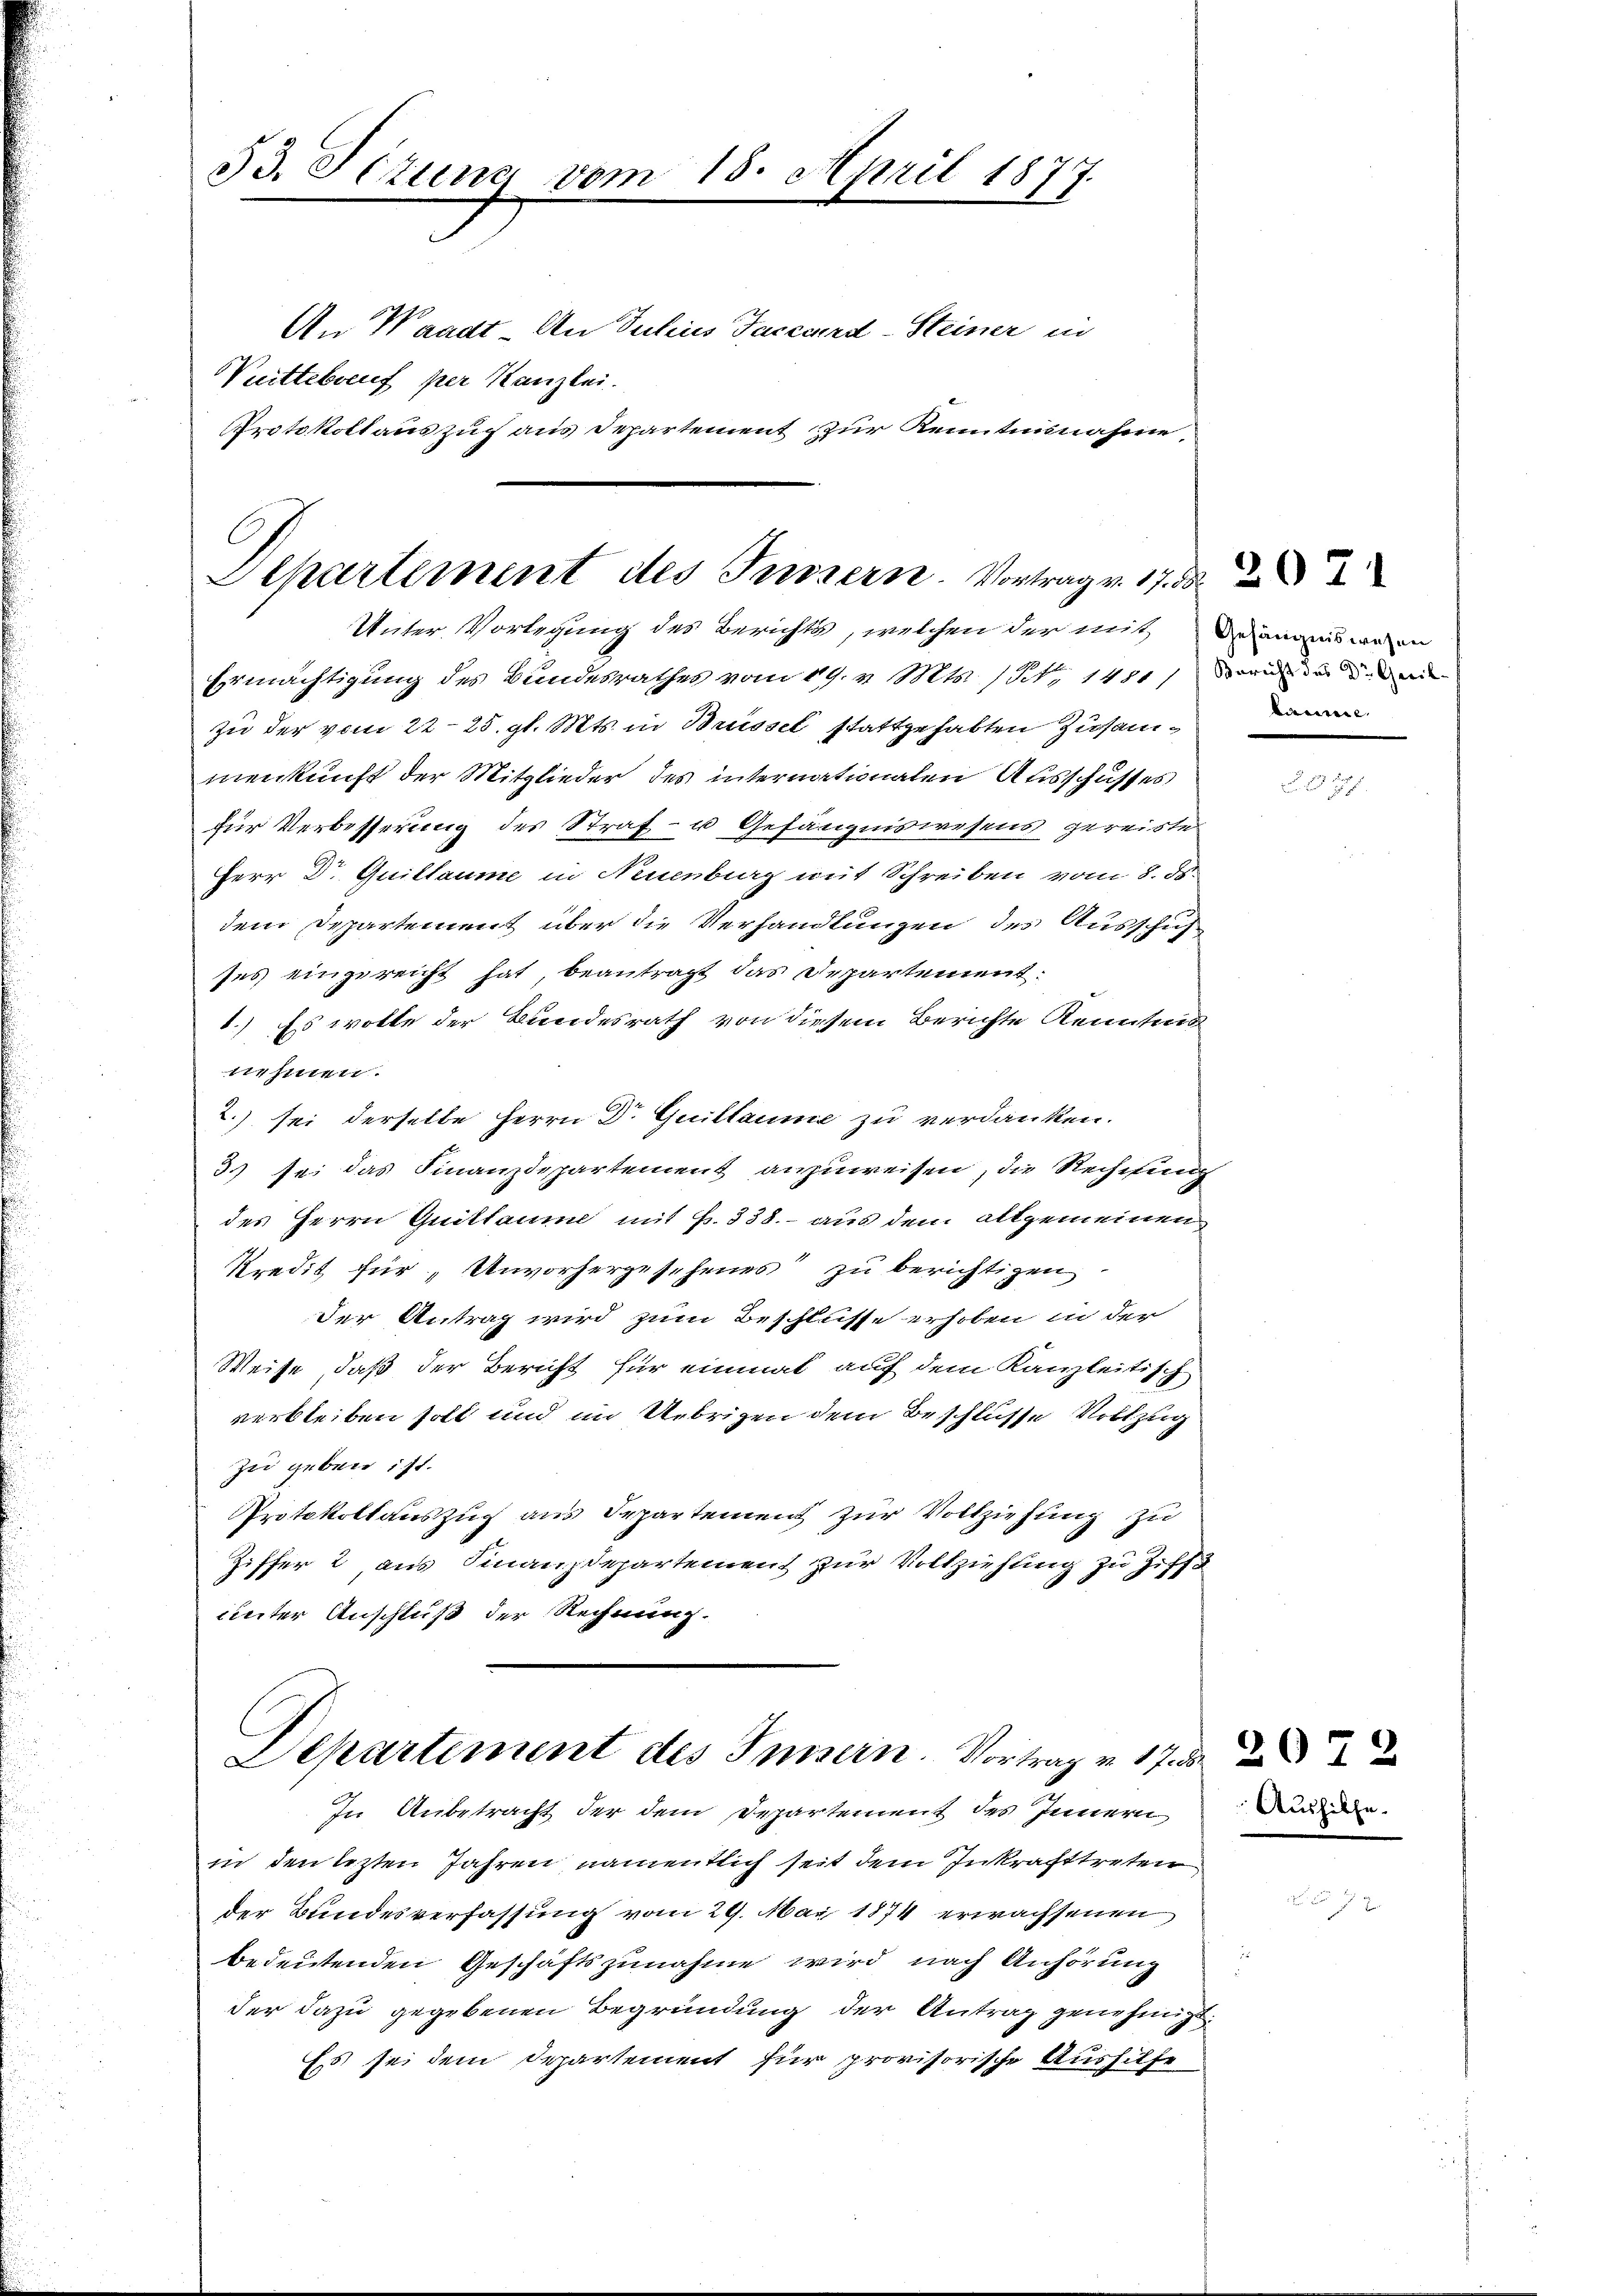
53. Sizung vom 15. April 1877.
An Waadt, An Julius Facecird-Steiner in
Puittebrauf per Kanzlei.
Protokoll auszug aus Departement zur Kenntnisnahme,

Separtement des Innern. Vortrag v. 17. d.
Unter Vorlegung des Berichts, welchen der mit Deines wenn

Ermächtigung des Bundesrathes vom 19. v. Mts. (Sit., 1481 darin die der e
zu der vom 22. 25. gl. Mts. in Brissel stattgehabten Zusammenkunft der Mitglieder des internationalen Ausschusses
für Verbesserung des Straf- u Gefängniswesens gereiste
Herr Dr. Quillaume in Neuenburg mit Schreiben vom 8. ds.
dem Departement über die Verhandlungen des Ausschuf
ses eingereicht hat, beantragt das Departement.
1) Es wolle der Bundesrath von diesem Berichte Kenntnis
nehmen.
2.) sei derselbe Herrn Dr. Guillaume zu verdanken.
3) sei das Finanzdepartement anzuweisen, die Rechnung
des Herrn Quittaume mit Fr. 338.- aus dem allgemeinen
Kredit für Unvorhergesehenes zu berichtigen
der Antrag wird zum Beschlüsse erhoben in der
Weise, daß der Bericht für einmal auf dem Kanzleitisch
verbleiben soll und im Uebrigen dem Beschlüsse Vollzug
zu geben ist.
Protokollauszug aus Separtement zur Vollziehung zu
Ziffer 2 aus Finanzdepartement zur Vollziehung zu Ziffe
unter Anschluß der Rechnung.

Departiment des Insern. Vortrag v. 17.
In Anbetracht der dem Departement des Innern

taume

in den lezten Jahren namentlich seit dem Inkrafttreten
der Bundesverfassung vom 29. Mai 1874 erwachsenen
bedeutenden Geschäftszunahme wird nach Anhörung
der dazu gegebenen Begründung der Antrag genehmigt.
Es sei dem Departement für provisorische Aushilfe

Aushilfe.